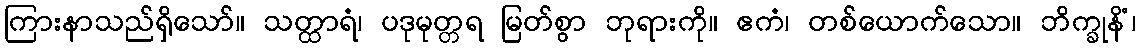
ကြားနာသည်ရှိသော်။ သတ္ထာရံ၊ ပဒုမုတ္တရ မြတ်စွာ ဘုရားကို။ ဧကံ၊ တစ်ယောက်သော။ ဘိက္ခုနိံ၊